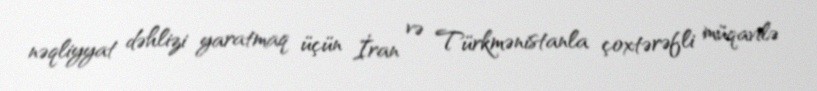
nəqliyyat dəhlizi yaratmaq üçün İran və Türkmənistanla çoxtərəfli müqavilə